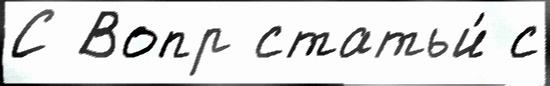
С Вопр статьи́ с